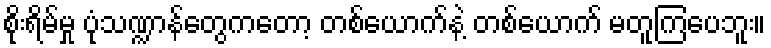
စိုးရိမ်မှု ပုံသဏ္ဍာန်တွေကတော့ တစ်ယောက်နဲ့ တစ်ယောက် မတူကြပေဘူး။